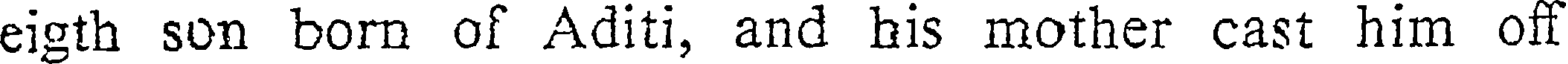
eigth son born of Aditi, and his mother cast him off